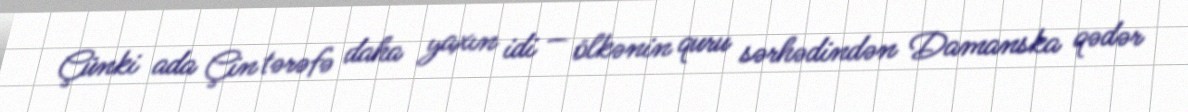
Çünki ada Çin tərəfə daha yaxın idi — ölkənin quru sərhədindən Damanska qədər